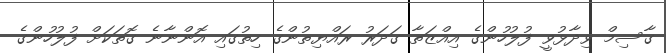
ގާސިމް ވިދާޅުވީ ފުލުހުންގެ އިއްޒަތާ ގަދަރު ރައްޔިތުންގެ ހިތުގައި އޮންނާނެ ގޮތަކަށް ފުލުހުންގެ